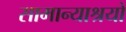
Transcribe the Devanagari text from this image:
सामान्याश्रयों